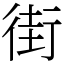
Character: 街